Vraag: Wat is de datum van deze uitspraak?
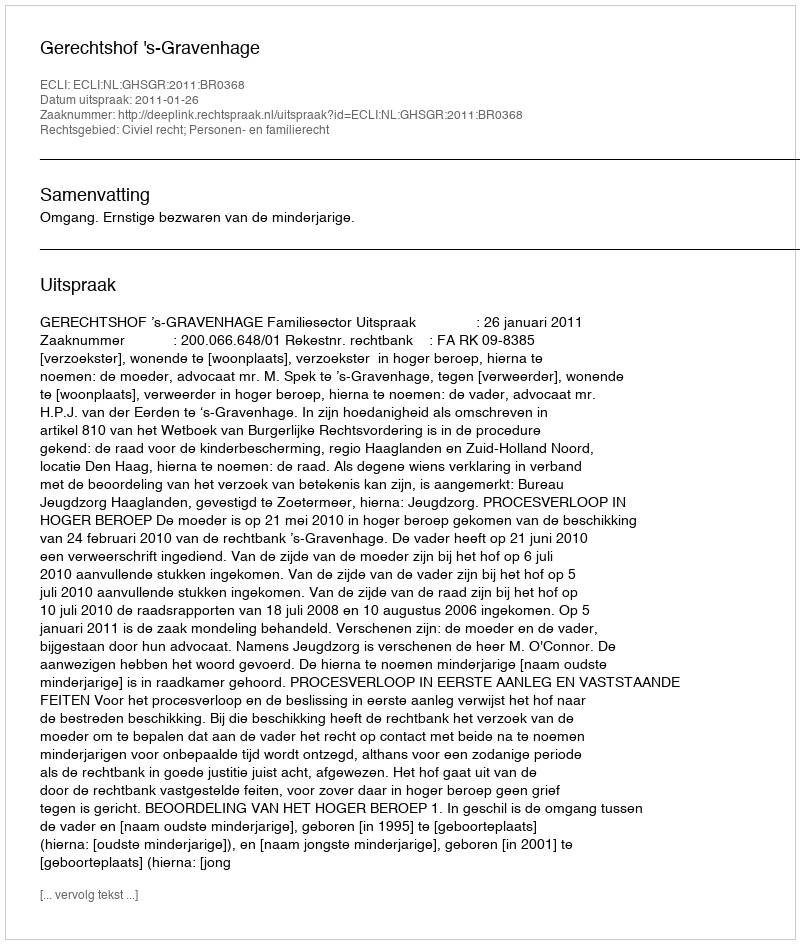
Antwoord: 2011-01-26